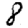
Digit: 8